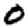
Digit: 0